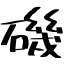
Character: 磯